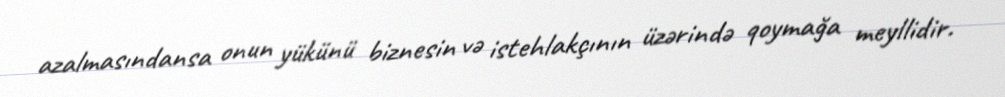
azalmasındansa onun yükünü biznesin və istehlakçının üzərində qoymağa meyllidir.